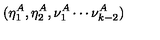
( \eta _ { 1 } ^ { A } , \eta _ { 2 } ^ { A } , \nu _ { 1 } ^ { A } \cdots \nu _ { k - 2 } ^ { A } )